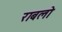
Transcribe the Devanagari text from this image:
राबलो